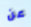
عن